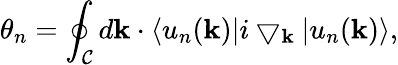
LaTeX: \theta_{n}=\oint_{\mathcal{C}}d\mathbf{k}\cdot\langle u_{n}(\mathbf{k})|i\bigtriangledown_{\mathbf{k}}|u_{n}(\mathbf{k})\rangle,